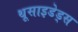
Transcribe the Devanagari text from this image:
थूसाइडेड्स